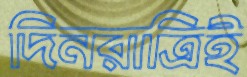
দিনরাত্রিই